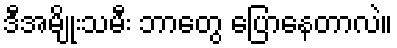
ဒီအမျိုးသမီး ဘာတွေ ပြောနေတာလဲ။